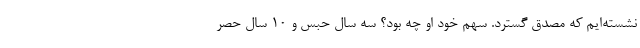
نشسته‌ایم که مصدق گسترد. سهم خود او چه بود؟ سه سال حبس و 10 سال حصر